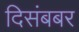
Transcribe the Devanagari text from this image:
दिसंबबर